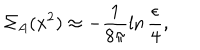
LaTeX: \Sigma _ { A } ( x ^ { 2 } ) \approx - \frac { 1 } { 8 \pi } \ln \frac { \epsilon } { 4 } ,